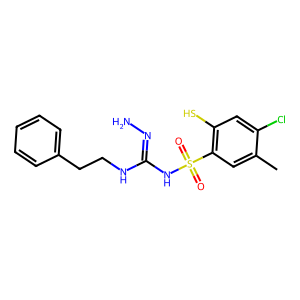
SMILES: Cc1cc(S(=O)(=O)NC(=NN)NCCc2ccccc2)c(S)cc1Cl
Inhibits HIV replication: No